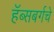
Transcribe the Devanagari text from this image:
हॅब्सबर्गचे